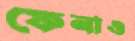
ফেনাও